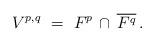
LaTeX: \begin{align*} V^{p,q} \ = \ F^p \,\cap\, \overline{F^{q}} \,.\end{align*}